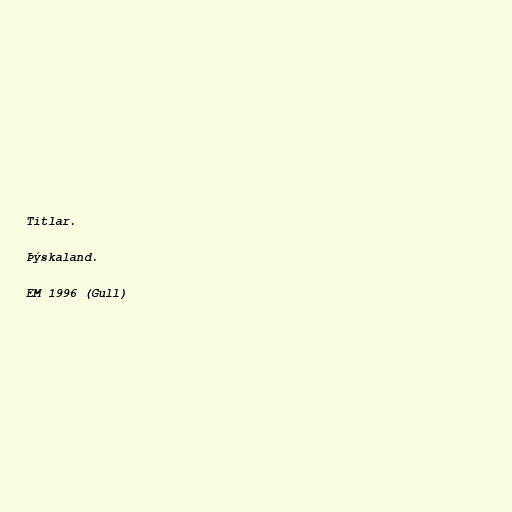
Titlar.

Þýskaland.

EM 1996 (Gull)